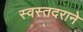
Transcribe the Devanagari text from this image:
स्वस्तदराने